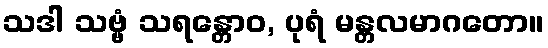
သဒါ သဗ္ဗံ သရန္တောဝ, ပုရံ မန္တလမာဂတော။